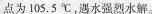
点为105.5℃，遇水强烈水解。